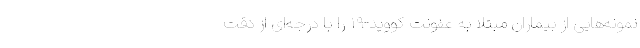
نمونه‌هایی از بیماران مبتلا به عفونت کووید-۱۹ را با درجه‌ای از دقت